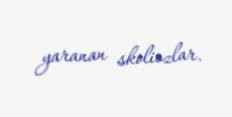
yaranan skoliozlar.